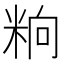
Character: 𥹝